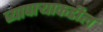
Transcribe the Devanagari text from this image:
व्यापाऱ्याकडील